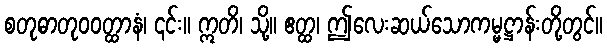
စတုဓာတုဝဝတ္ထာနံ၊ ၎င်း။ ဣတိ၊ သို့။ ဧတ္ထ၊ ဤလေးဆယ်သောကမ္မဋ္ဌာန်းတို့တွင်။